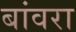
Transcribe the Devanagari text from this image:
बांवरा